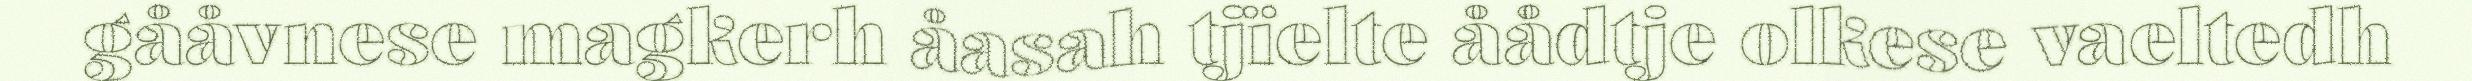
gååvnese magkerh åasah tjïelte åådtje olkese vaeltedh